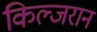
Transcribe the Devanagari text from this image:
किल्जरान